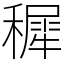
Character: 穉